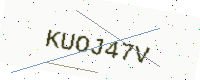
Text: KUOJ47V